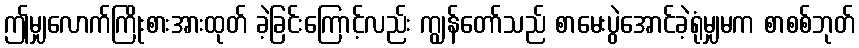
ဤမျှလောက်ကြိုးစားအားထုတ် ခဲ့ခြင်းကြောင့်လည်း ကျွန်တော်သည် စာမေးပွဲအောင်ခဲ့ရုံမျှမက စာစစ်ဘုတ်